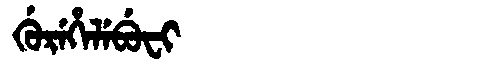
Manchu: ᡤᡠᡵᡝᡥᡝᠯᡝᠪᡠᠸᡳ
Romanization: GUREHELEBUFI